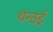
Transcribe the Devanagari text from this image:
थन्ठई